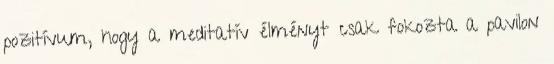
pozitívum, hogy a meditatív élményt csak fokozta a pavilon